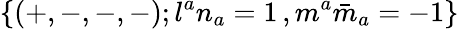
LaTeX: \{ (+,-,-,-);l^{a}n_{a}=1\, ,m^{a}{\bar{m}}_{a}=-1\}